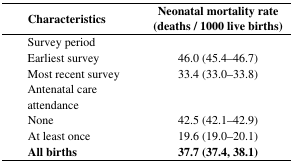
<table><thead><tr><td><b>Characteristics</b></td><td><b>Neonatal mortality rate (deaths / 1000 live births)</b></td></tr></thead><tbody><tr><td>Survey period</td><td></td></tr><tr><td>Earliest survey</td><td>46.0 (45.4–46.7)</td></tr><tr><td>Most recent survey</td><td>33.4 (33.0–33.8)</td></tr><tr><td>Antenatal care attendance</td><td></td></tr><tr><td>None</td><td>42.5 (42.1–42.9)</td></tr><tr><td>At least once</td><td>19.6 (19.0–20.1)</td></tr><tr><td><b>All births</b></td><td><b>37.7 (37.4, 38.1)</b></td></tr></tbody></table>